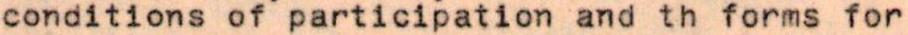
conditions of participation and th forms for